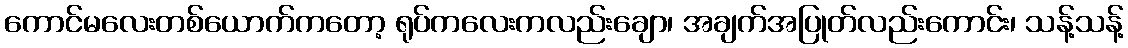
ကောင်မလေးတစ်ယောက်ကတော့ ရုပ်ကလေးကလည်းချော၊ အချက်အပြုတ်လည်းကောင်း၊ သန့်သန့်